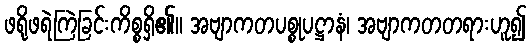
ဖရိုဖရဲကြဲခြင်းကိစ္စရှိ၏။ အဗျာကတပစ္စုပဋ္ဌာနံ၊ အဗျာကတတရားဟူ၍